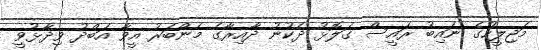
މަޖިލީހުގެ ނައިބު ރައީސް ގަލޮޅު ދެކުނު ދާއިރާގެ މެންބަރު އީވާ އަބްދު ވިދާޅުވީ